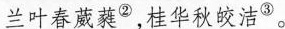
兰叶春葳蕤^{②}，桂华秋皎洁^{③}。